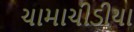
ચામાચીડીયા